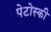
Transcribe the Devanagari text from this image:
पेटोस्की